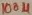
Text: 100µ